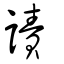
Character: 謮